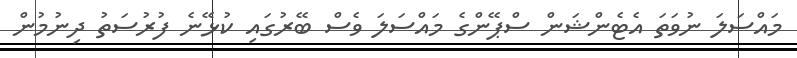
މައްސަލަ ނުވަތަ އެޓެންޝަން ސްޕޭންގެ މައްސަލަ ވެސް ބޭރުގައި ކުޅޭނެ ފުރުސަތު ދިނުމުން